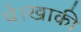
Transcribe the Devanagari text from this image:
थे।खाकी